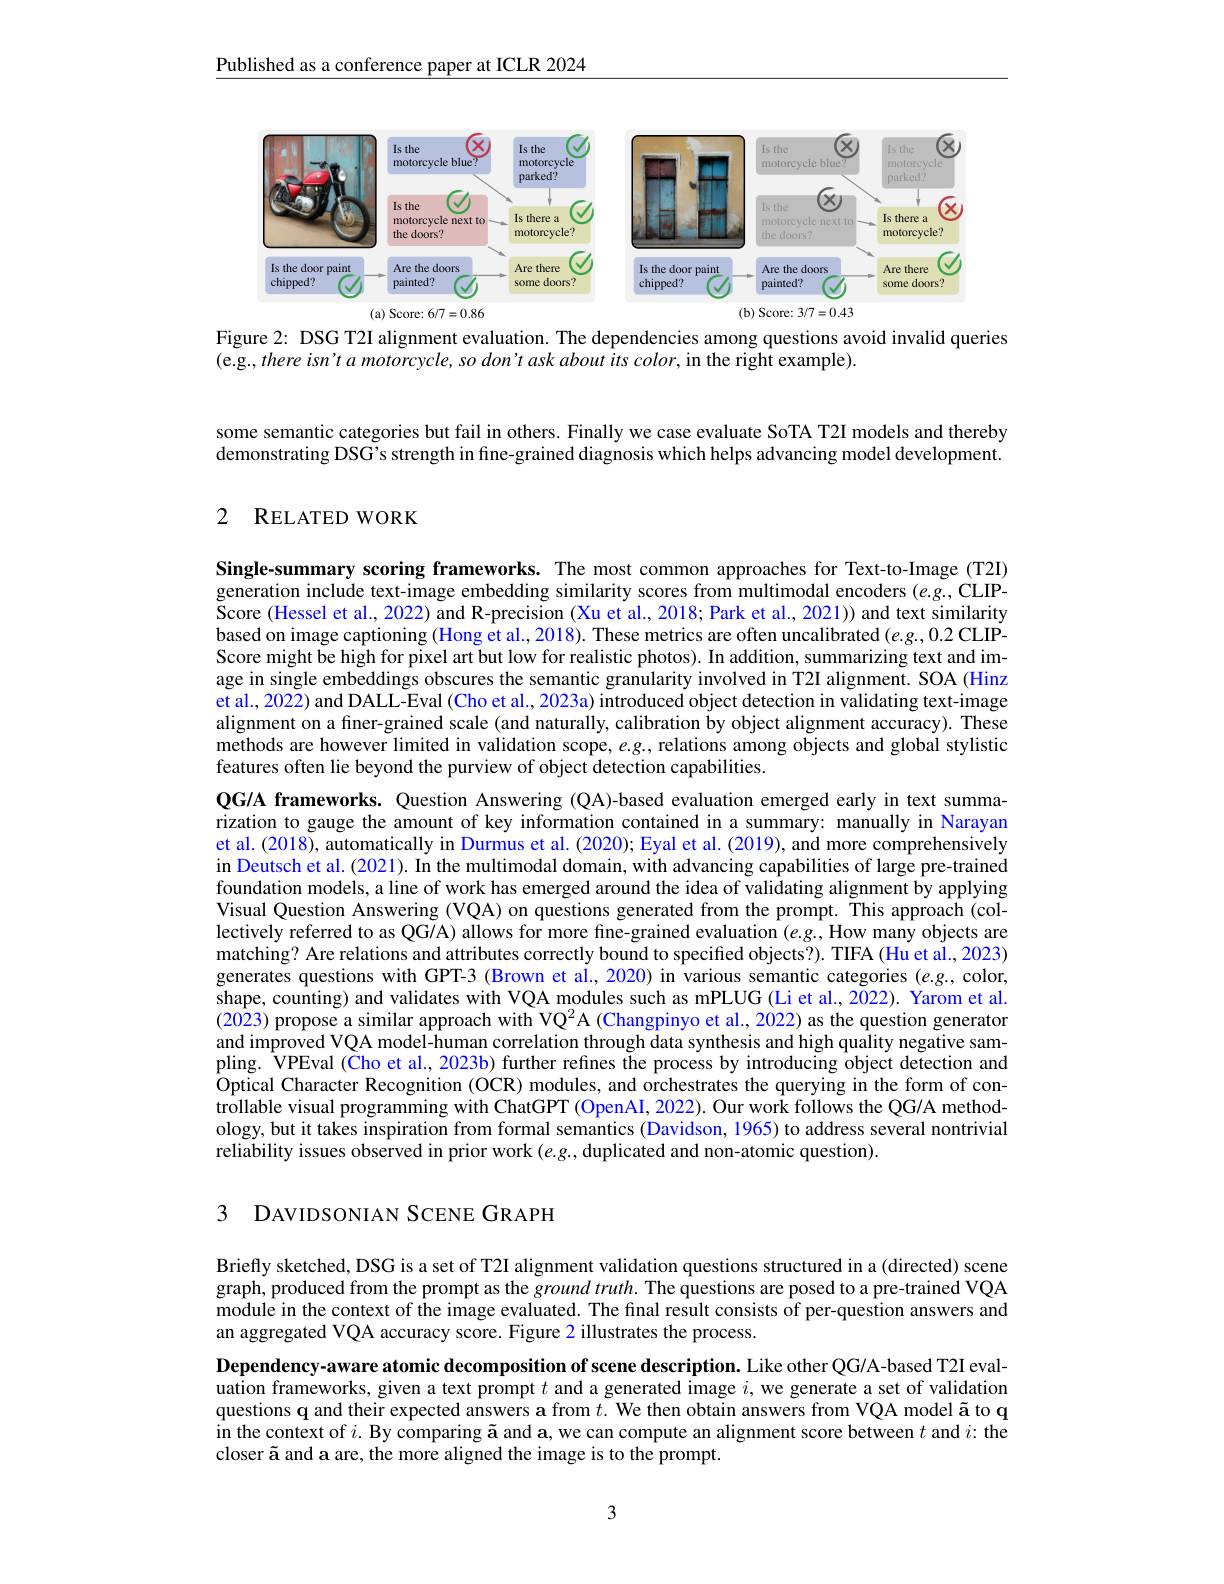
Published as a conference paper at ICLR 2024

<FigureHere>

Figure 2: DSG T2I alignment evaluation. The dependencies among questions avoid invalid queries
(e.g.,there isn't a motorcycle, so don't ask about its color, in the right example).

some semantic categories but fail in others. Finally we case evaluate SoTA T2I models and thereby demonstrating DSG's strength in fine-grained diagnosis which helps advancing model development.

### 2 RELATED WORK

Single-summary scoring frameworks. The most common approaches for Text-to-Image (T2I) generation include text-image embedding similarity scores from multimodal encoders $(e.g$,CLIP- $\tilde{\text{Score(Hessel et al., 2022) and R-precision (Xu et al., 2018; Park et al., 2021)) and text similarity}}$ based on image captioning (Hong et al., 2018). These metrics are often uncalibrated $(e.g.,0.2$ CLIPScore might be high for pixel art but low for realistic photos). In addition, summarizing text and image in single embeddings obscures the semantic granularity involved in T2I alignment. SOA (Hinz et al., 2022) and DALL-Eval (Cho et al., 2023a) introduced object detection in validating text-image alignment on a finer-grained scale (and naturally, calibration by object alignment accuracy). These methods are however limited in validation scope, $e.g.$ relations among objects and global stylistic features often lie beyond the purview of object detection capabilities.
QG/A frameworks. Question Answering (QA)-based evaluation emerged early in text summarization to gauge the amount of key information contained in a summary: manually in Narayan et al. (2018), automatically in Durmus et al. (2020); Eyal et al. (2019), and more comprehensively in Deutsch et al. (2021). In the multimodal domain, with advancing capabilities of large pre-trained foundation models, a line of work has emerged around the idea of validating alignment by applying Visual Question Answering (VQA) on questions generated from the prompt. This approach (collectively referred to as QG/A) allows for more fine-grained evaluation $(e.g.$, How many objects are matching? Are relations and attributes correctly bound to specified objects?). TIFA (Hu et al., 2023) generates questions with GPT-3 (Brown et al., 2020) in various semantic categories $(e.g.$, color, shape, counting) and validates with VQA modules such as mPLUG (Li et al., 2022). Yarom et al. (2023) propose a similar approach with VQ$^2$A (Changpinyo et al., 2022) as the question generator and improved VQA model-human correlation through data synthesis and high quality negative sampling. $\hat{\text{VPEval }}(\bar{\textbf{Cho et al., 2023b) further refines the process by introducing object detection and}}$ Optical Character Recognition (OCR) modules, and orchestrates the querying in the form of controllable visual programming with ChatGPT (OpenAI, 2022). Our work follows the QG/A methodology, but it takes inspiration from formal semantics (Davidson, 1965) to address several nontrivial reliability issues observed in prior work $(e.g.$, duplicated and non-atomic question).

### 3 DAVIDSONIAN SCENE GRAPH

Briefly sketched, DSG is a set of T2I alignment validation questions structured in a (directed) scene graph, produced from the prompt as the $ground\textit{truth. The questions are posed to a pre- trained VQA}$ module in the context of the image evaluated. The final result consists of per-question answers and an aggregated VQA accuracy score. Figure 2 illustrates the process.

Dependency-aware atomic decomposition of scene description. Like other QG/A-based T2I evaluation frameworks, given a text prompt $t$ and a generated image $i$, we generate a set of validation questions q and their expected answers a from $t.$ We then obtain answers from VQA model ã to q $\hat{\text{in the context of }i.\text{By comparing \~{a}anda,we can compute an alignment score between }t\text{ and }i:\text{the}}$ closer ã and a are, the more aligned the image is to the prompt.

3